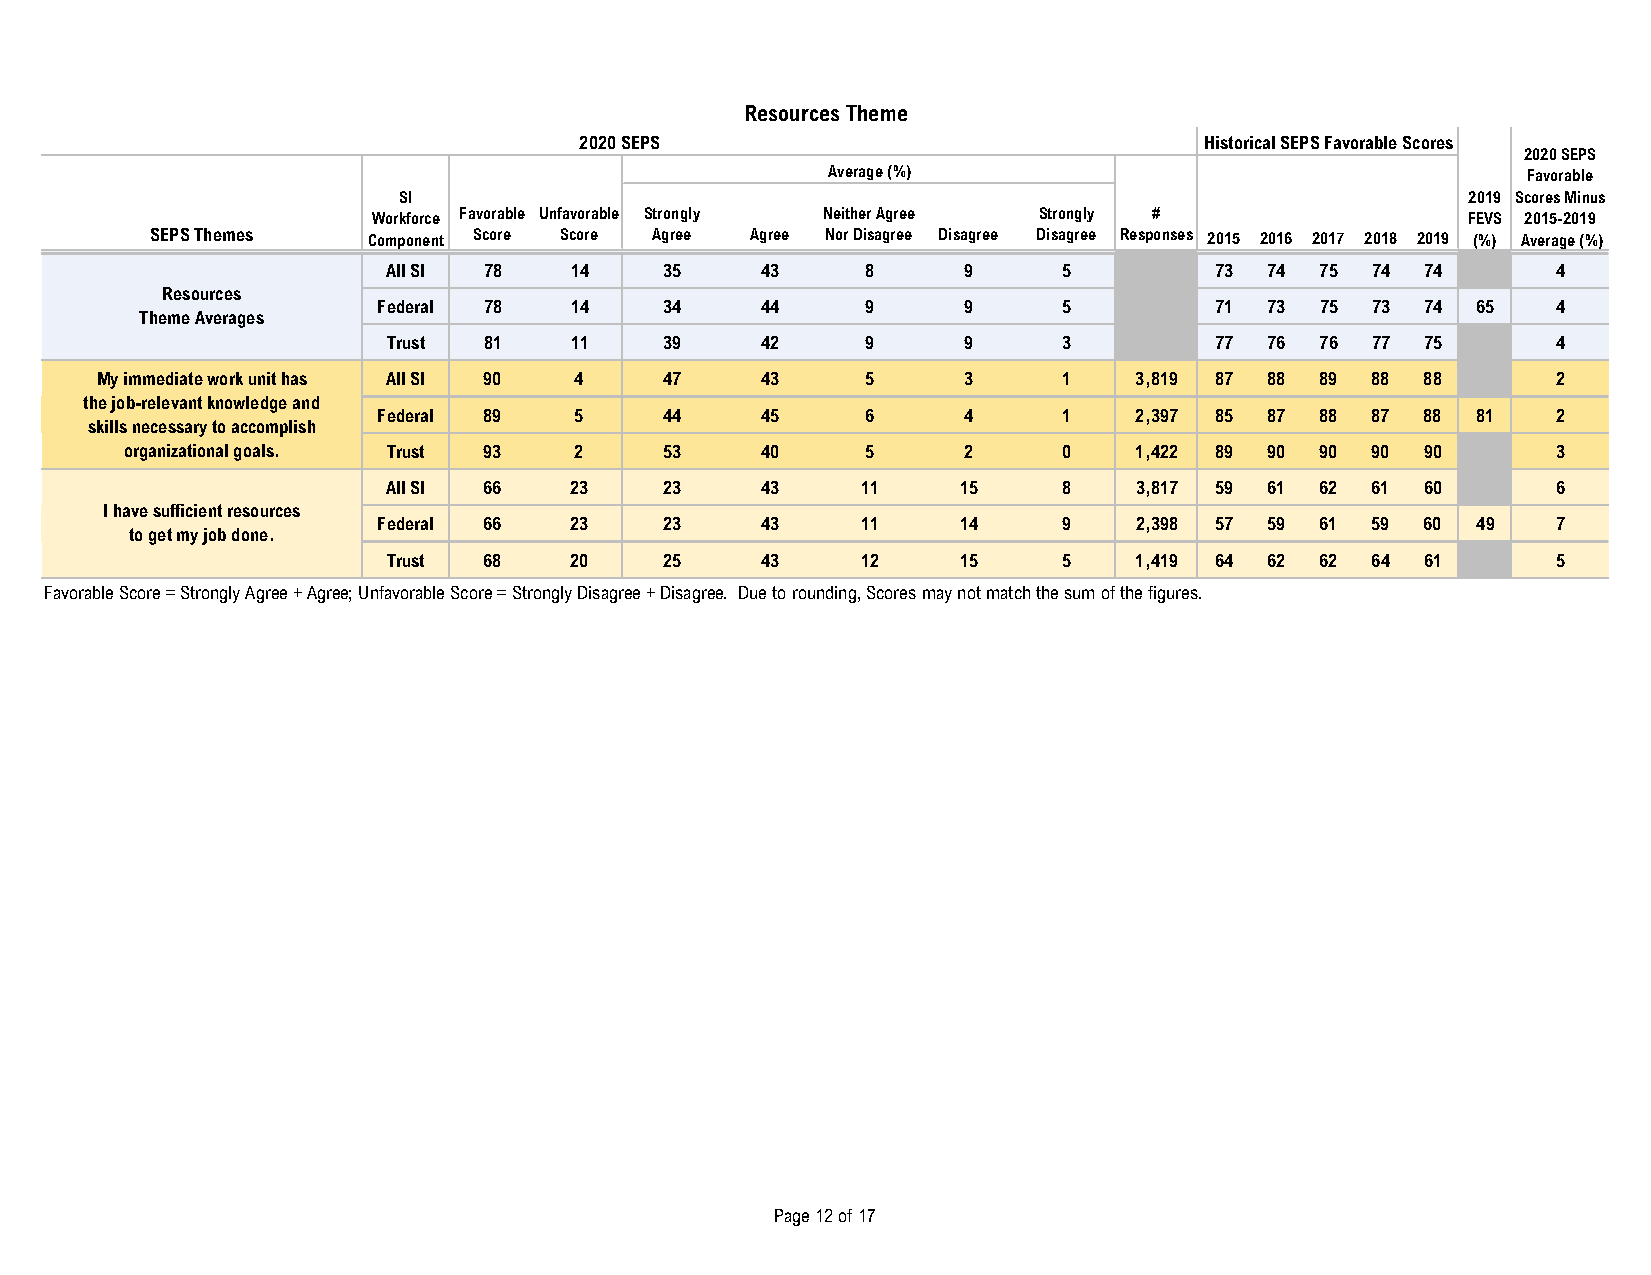
Resources Theme
 2020 SEPS                                 Historical SEPS Favorable Scores
 2020 SEPS
 Average (%)                                   Favorable
 SI                                                                     2019 Scores Minus
 Workforce Favorable Unfavorable Strongly Neither Agree Strongly #       FEVS 2015-2019
 SEPS Themes   Component Score Score Agree Agree Nor Disagree Disagree Disagree Responses 2015 2016 2017 2018 2019 (%) Average (%)
 All SI 78   14    35    43     8      9     5         73  74 75  74 74       4
 Resources
 Federal 78   14    34    44     9      9     5         71  73 75  73 74  65   4
 Theme Averages
 Trust 81    11    39    42     9      9     3         77  76 76  77 75       4
 My immediate work unit has All SI 90 4 47   43     5      3     1    3,819 87 88 89  88 88       2
 the job-relevant knowledge and
 Federal 89   5     44    45     6      4     1    2,397 85 87 88  87 88  81   2
 skills necessary to accomplish
 organizational goals. Trust 93 2    53    40     5      2     0    1,422 89 90 90  90 90       3
 All SI 66   23    23    43     11     15    8    3,817 59 61 62  61 60       6
 I have sufficient resources
 Federal 66   23    23    43     11     14    9    2,398 57 59 61  59 60  49   7
 to get my job done.
 Trust 68    20    25    43     12     15    5    1,419 64 62 62  64 61       5
 Favorable Score = Strongly Agree + Agree; Unfavorable Score = Strongly Disagree + Disagree. Due to rounding, Scores may not match the sum of the figures.
 Page 12 of 17